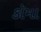
કૉમા